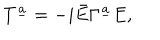
T ^ { \underline { { a } } } = - i \bar { E } \Gamma ^ { \underline { { a } } } E ,